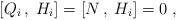
LaTeX: \begin{align*}[Q_i \, , \; H_i] = [N \, , \; H_i]= 0 \; , \end{align*}